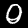
Label: 0